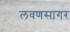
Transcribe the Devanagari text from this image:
लवणसागर